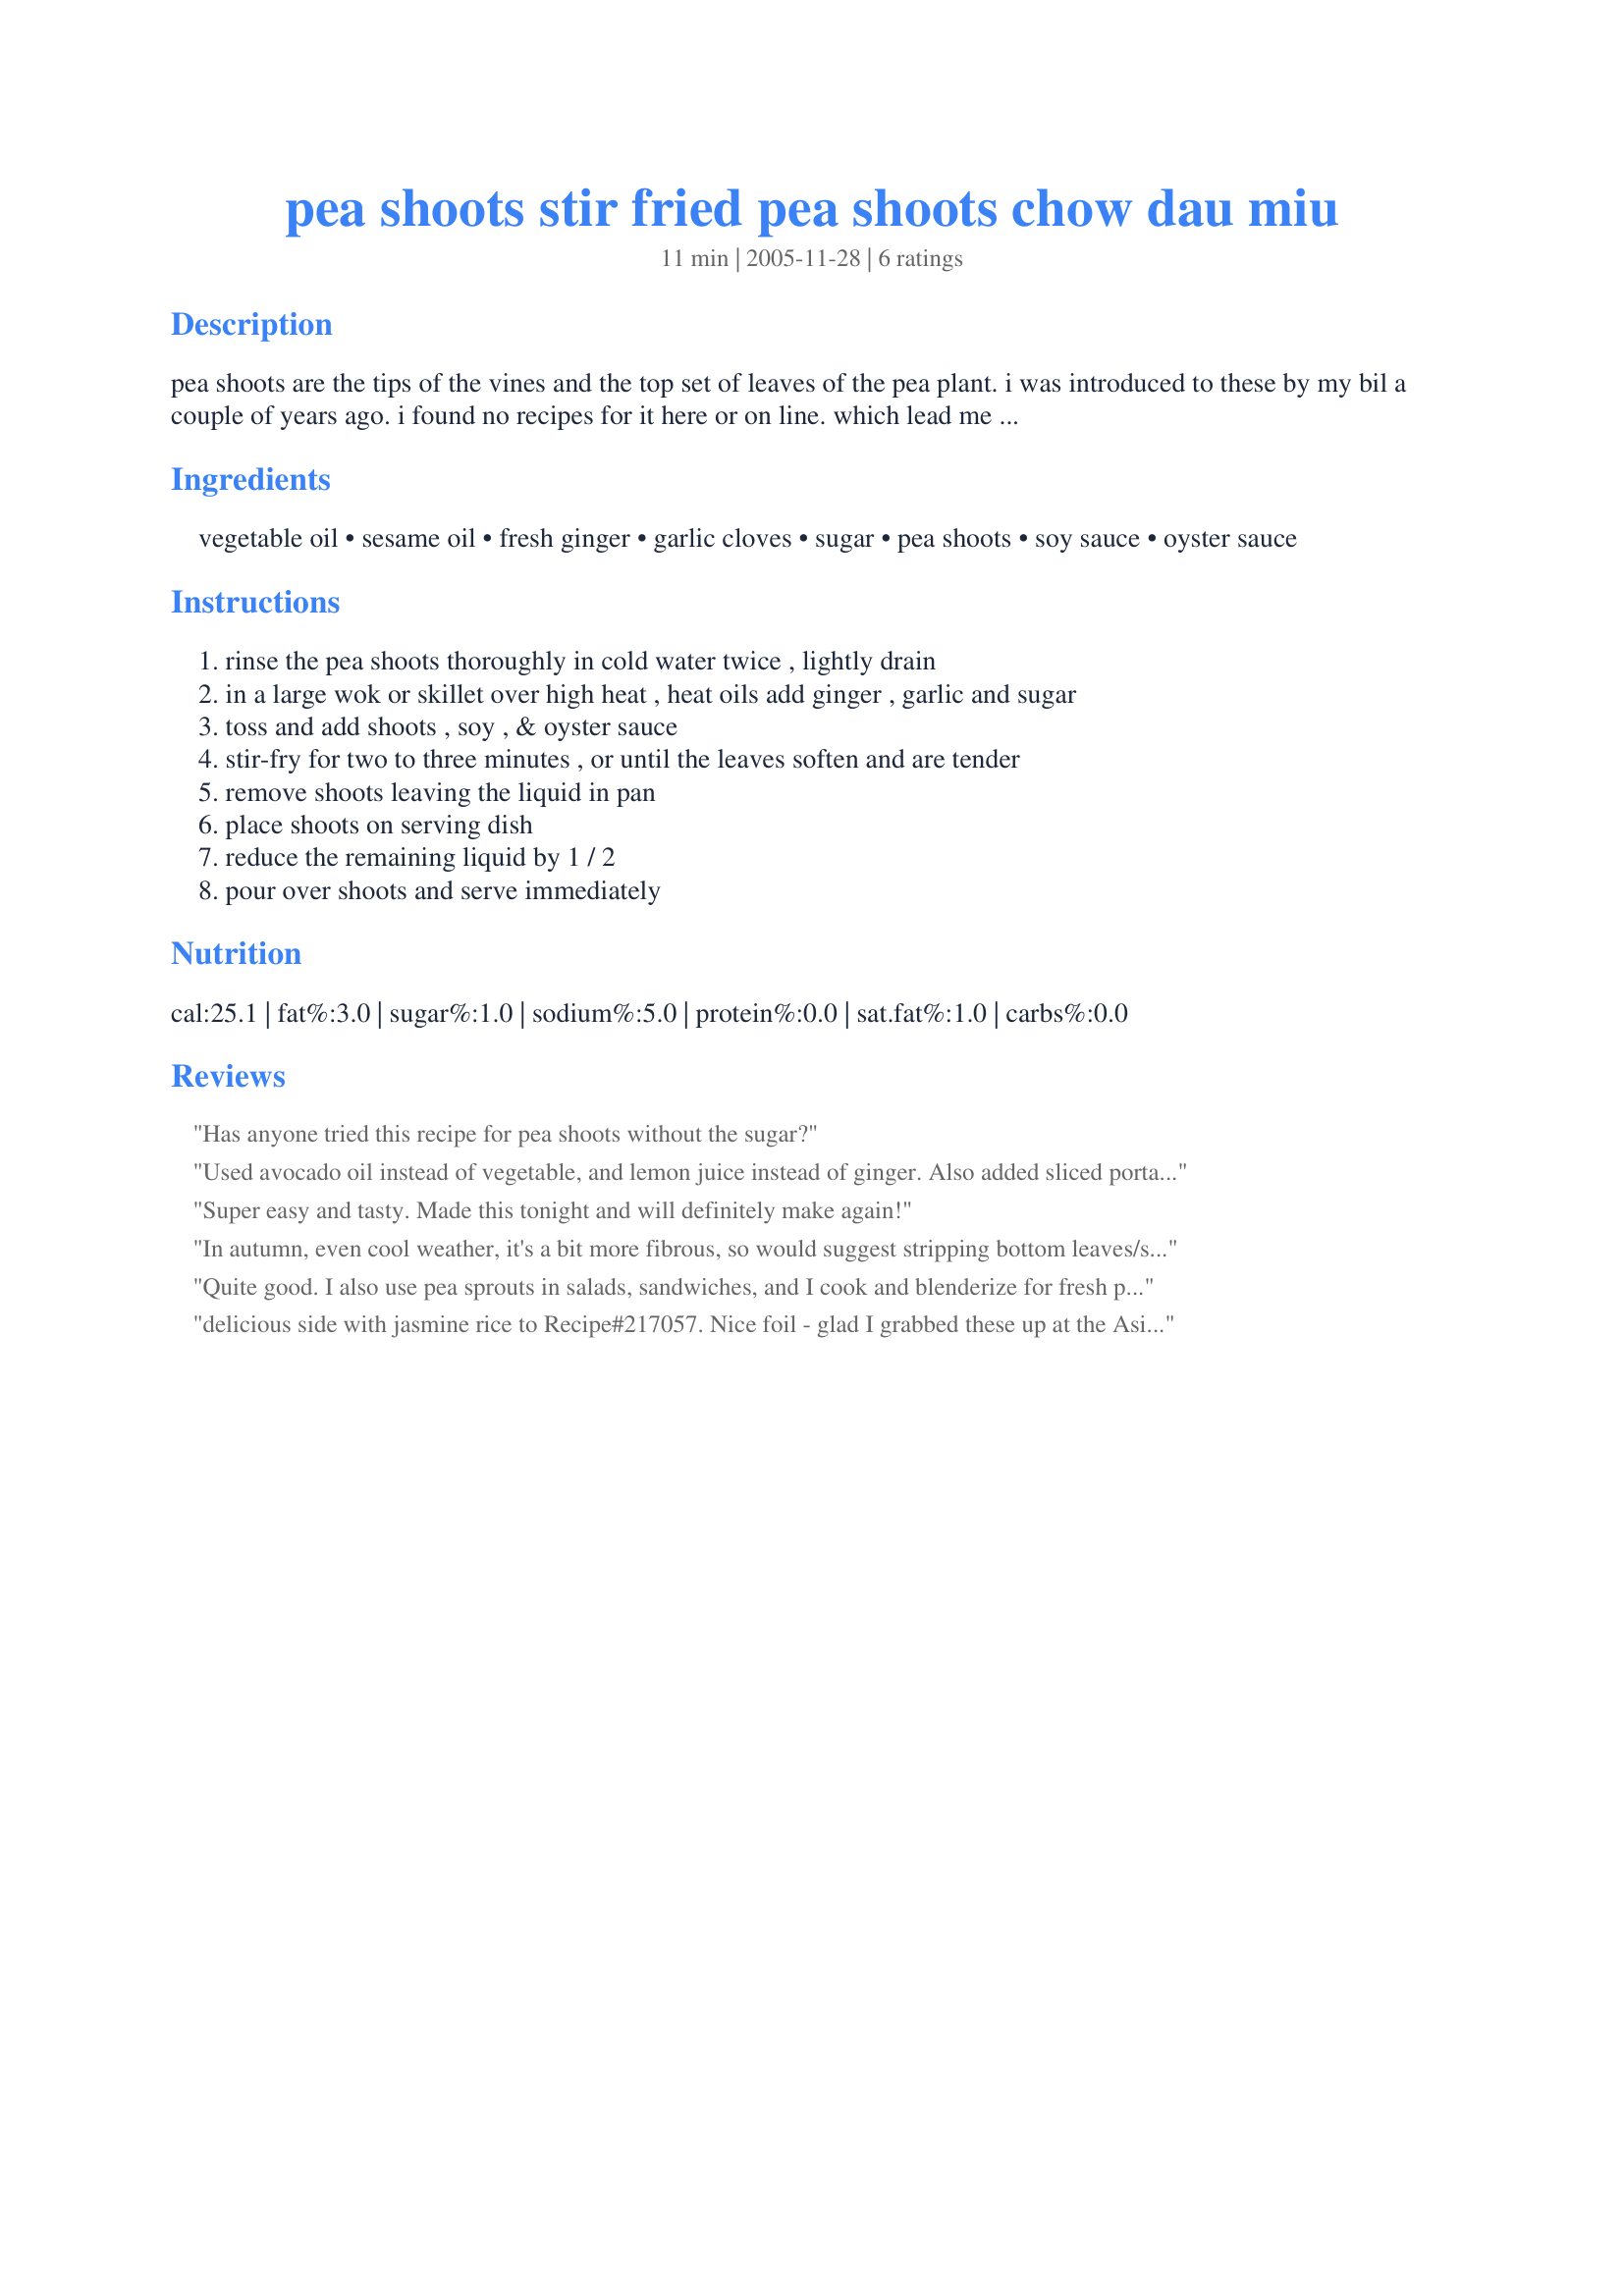
pea shoots stir fried pea shoots chow dau miu
Preparation time: 11 minutes

pea shoots are the tips of the vines and the top set of leaves of the pea plant. i was introduced to these by my bil a couple of years ago. i found no recipes for it here or on line. which lead me to add my recipe.

Ingredients:
vegetable oil, sesame oil, fresh ginger, garlic cloves, sugar, pea shoots, soy sauce, oyster sauce

Steps:
rinse the pea shoots thoroughly in cold water twice , lightly drain
in a large wok or skillet over high heat , heat oils add ginger , garlic and sugar
toss and add shoots , soy , & oyster sauce
stir-fry for two to three minutes , or until the leaves soften and are tender
remove shoots leaving the liquid in pan
place shoots on serving dish
reduce the remaining liquid by 1 / 2
pour over shoots and serve immediately

Reviews:
Has anyone tried this recipe for pea shoots without the sugar?
Used avocado oil instead of vegetable, and lemon juice instead of ginger. Also added sliced portabella mushrooms and sliced turnips. Put them in a few minutes before the pea shoot. Delicious!
Super easy and tasty. Made this tonight and will definitely make again!
In autumn, even cool weather, it's a bit more fibrous, so would suggest stripping bottom leaves/small stems from the main stem and discarding that. Otherwise great!
Quite good. I also use pea sprouts in salads, sandwiches, and I cook and blenderize for fresh pea soup with yoghurt or sour cream and some frozen peas for looks.
delicious side with jasmine rice to Recipe#217057. Nice foil - glad I grabbed these up at the Asian Market last night.
Will be harvesting off my own pea plants we just planted today soon enough. Thank you Rita for a fast & super tasty vegie side we will be using again & again (until too hot for peas LOL).
